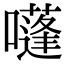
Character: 𡂫